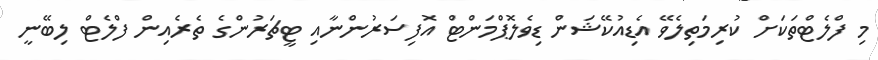
މި ފްލެޓްތަކަށް ކުރިމަތިލެވޭ އެޑިއުކޭޝަން ޑިވެލޮޕްމަންޓް އޮފިސަރުންނާއި ޓީޗަރުންގެ ތެރެއިން ފްލެޓް ލިބޭނީ